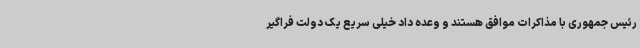
رئیس جمهوری با مذاکرات موافق هستند و وعده داد خیلی سریع یک دولت فراگیر